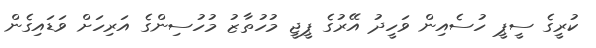
ކުރީގެ ސީޕީ ހުސެއިން ވަހީދު އޭރުގެ ޕީޖީ މުހުތާޒު މުހުސިންގެ އަރިހަށް ވަޑައިގެން